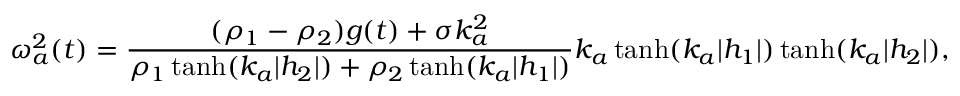
\omega _ { a } ^ { 2 } ( t ) = \frac { ( \rho _ { 1 } - \rho _ { 2 } ) g ( t ) + \sigma k _ { a } ^ { 2 } } { \rho _ { 1 } \operatorname { t a n h } ( k _ { a } | h _ { 2 } | ) + \rho _ { 2 } \operatorname { t a n h } ( k _ { a } | h _ { 1 } | ) } k _ { a } \operatorname { t a n h } ( k _ { a } | h _ { 1 } | ) \operatorname { t a n h } ( k _ { a } | h _ { 2 } | ) ,